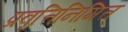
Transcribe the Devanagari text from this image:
प्रवृत्तिनिमित्त